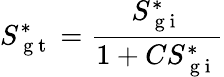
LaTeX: S_{\mathrm{~g~t~}}^{*}=\frac{S_{\mathrm{~g~i~}}^{*}}{1+CS_{\mathrm{~g~i~}}^{*}}